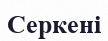
Серкені